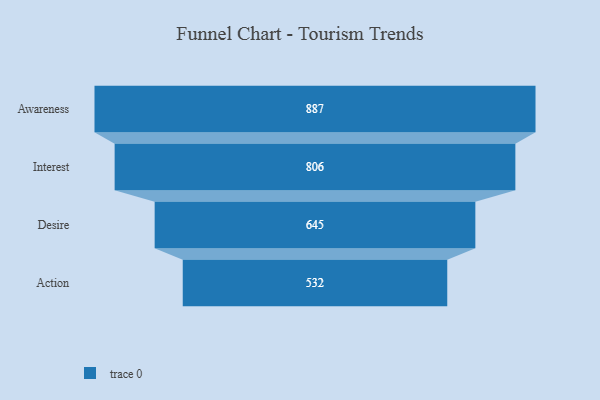
{"axis": {"x": "Stage", "y": "Value"}, "legend": [""], "data": [{"x": "Awareness", "y": 887.0, "type": ""}, {"x": "Interest", "y": 806.0, "type": ""}, {"x": "Desire", "y": 645.0, "type": ""}, {"x": "Action", "y": 532.0, "type": ""}]}